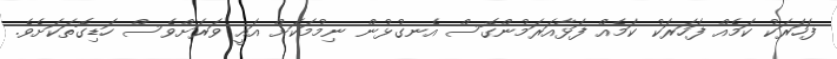
ފަހަރަކު ކަމެއް ފަހަރަކު ކަމެއް ފަޅާއަރަމުންގޮސް އެނގުޅުން ނިމުމަކަށް އައީ ވަރަށްވެސް ހަޑިގޮތަކަށެވެ.